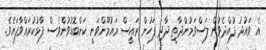
އެ ވައުދު ފުއްދެވުން ލަސްވަމުންދާތީ ދާދި ފަހުން ރައީސް މައުމޫންވަނީ ކަންބޮޑުވުންވެސް ފާޅުކުރައްވާފައެވެ.